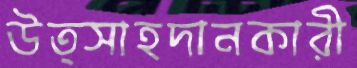
উত্সাহদানকারী